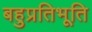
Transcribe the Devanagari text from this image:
बहुप्रतिभूति